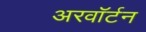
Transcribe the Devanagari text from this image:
अरवॉर्टन